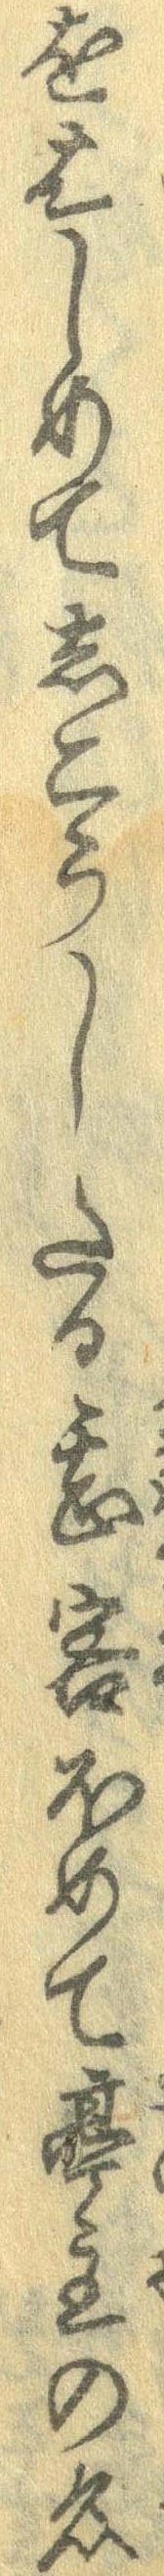
をはしめてしこうしたる甚客ほめて亭主の名